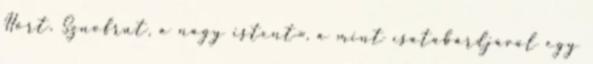
Hórt, Sznofrut, a nagy istent», a mint csatabárdjával egy